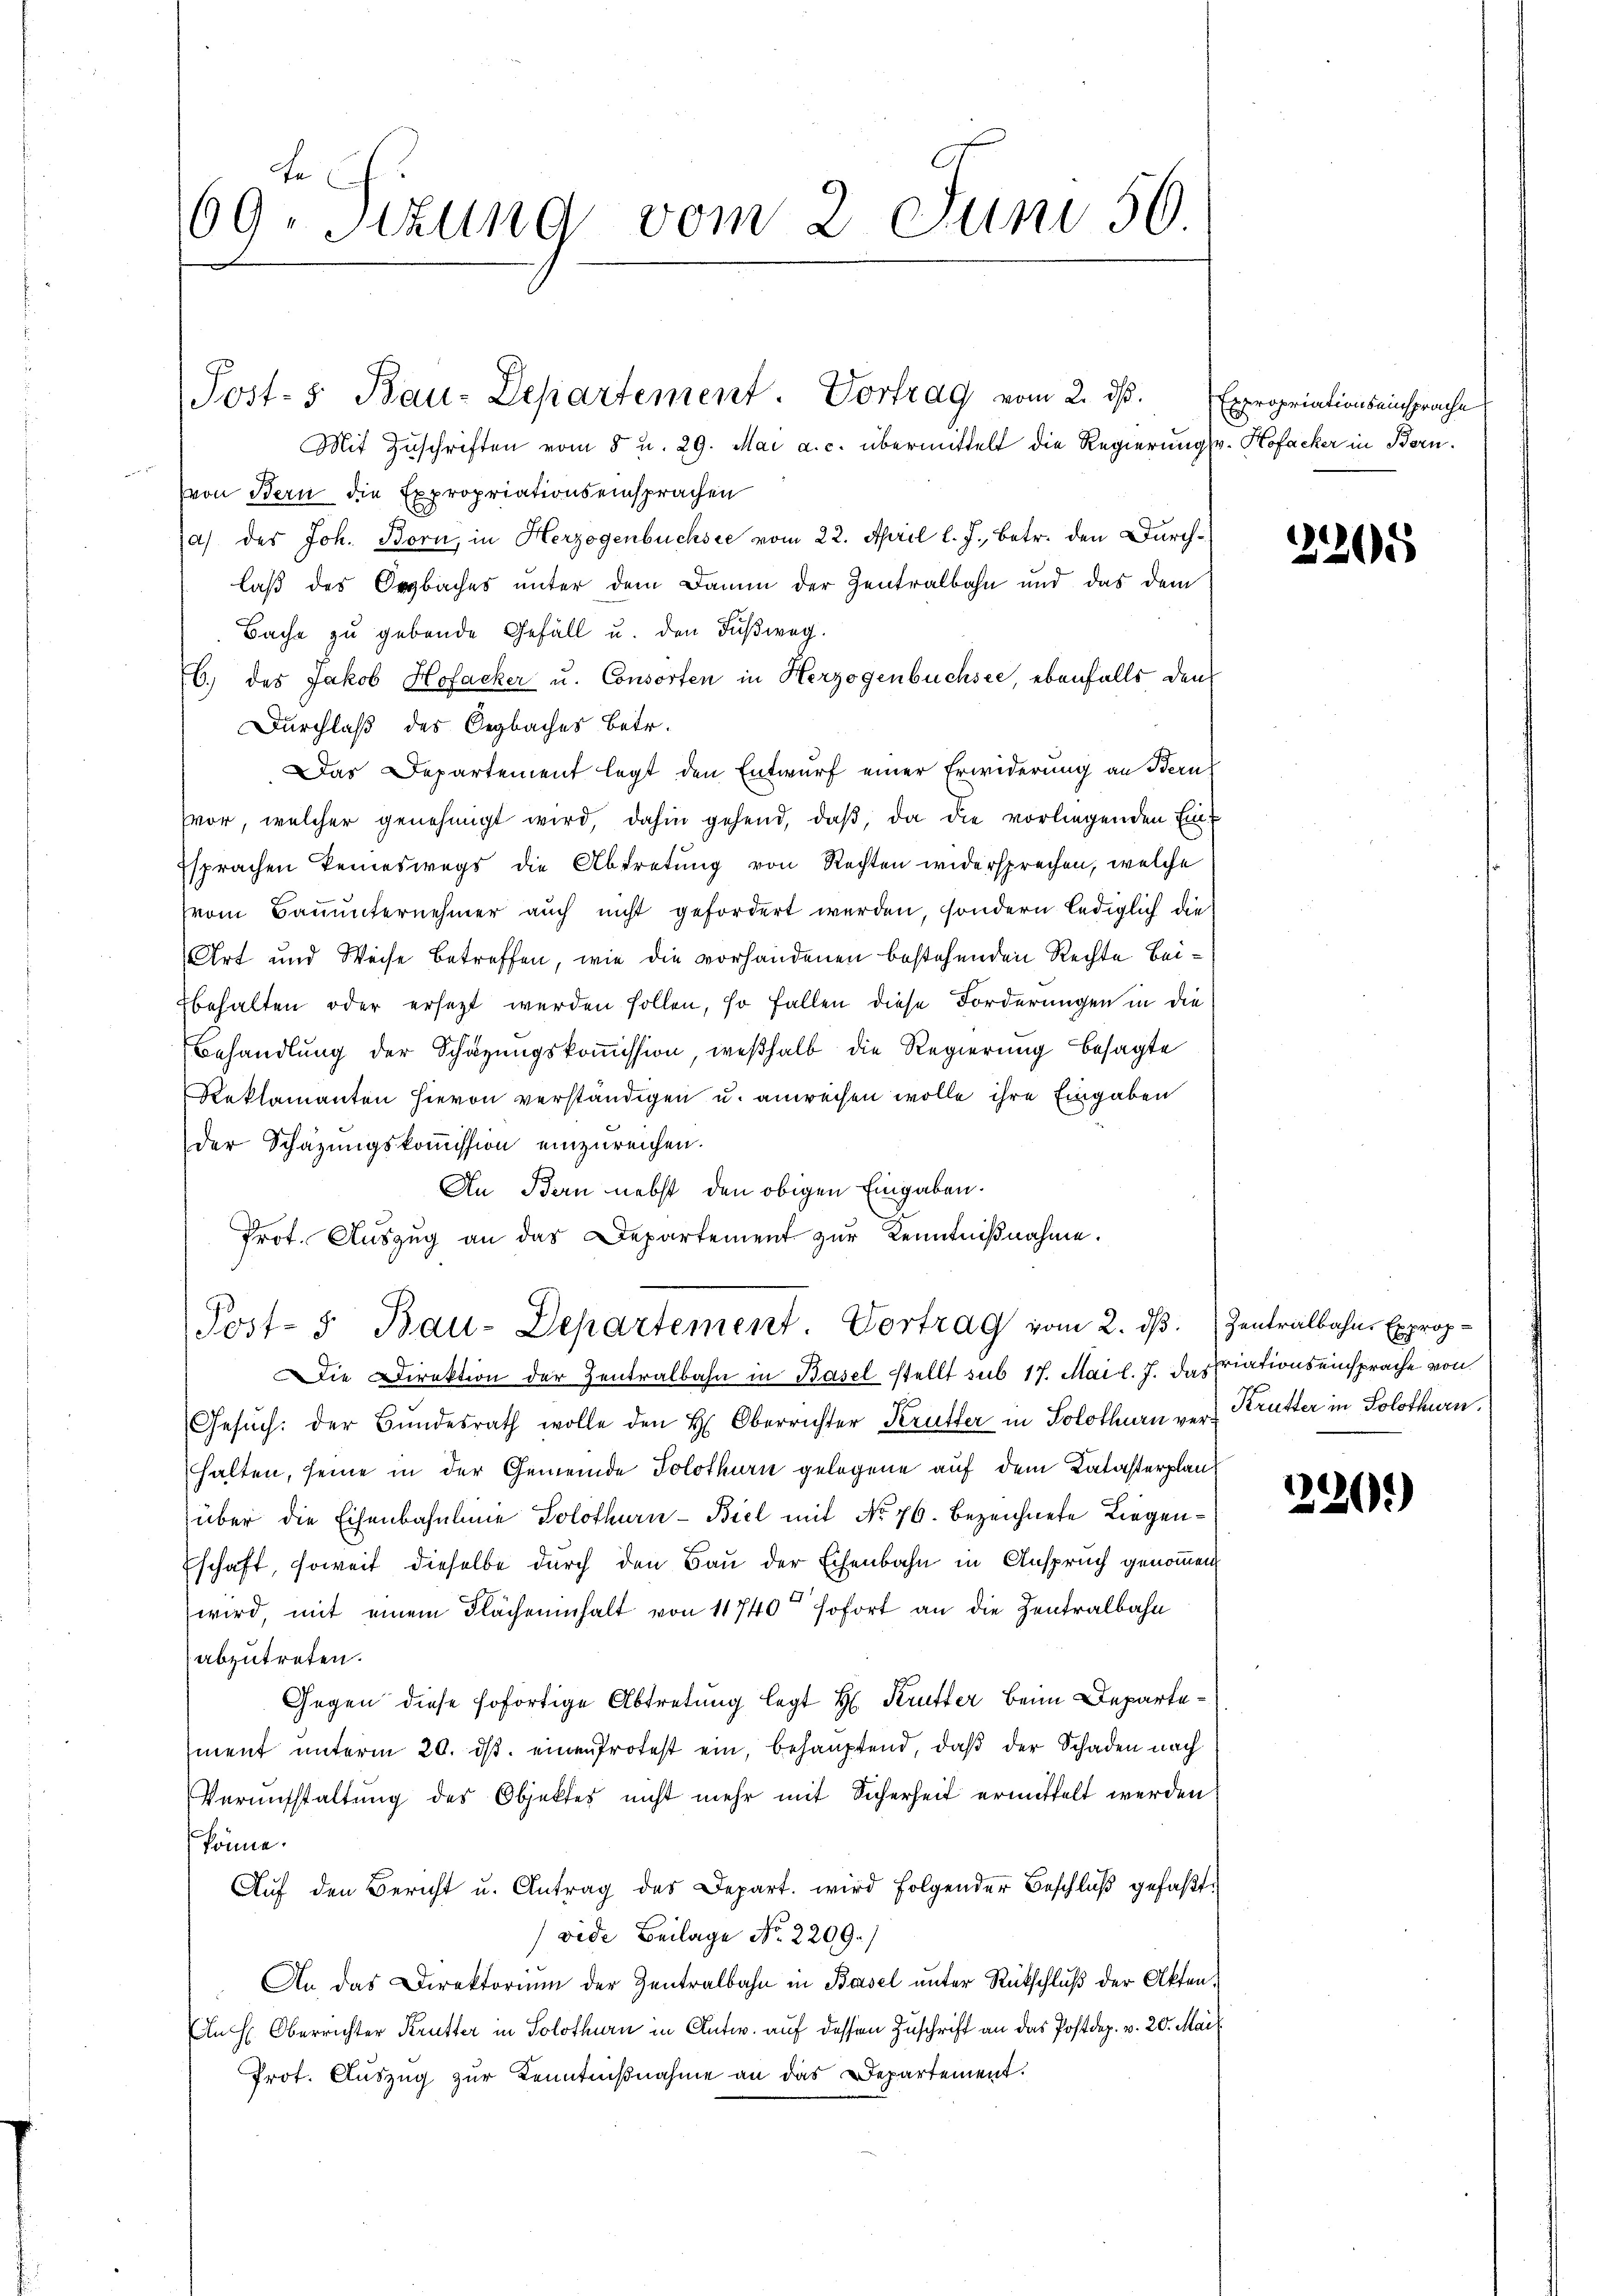
fe
69. Sizung vom 2. Juni 56
e

Post- 5. Bau-Departement. Vortrag vom 2. ds Expropriationseinsprache

Mit Zuschriften vom 5 u. 29. Mai a. c. übermittelt die Regierung v. Hofacker in Bern.
von Bern die Expropriationseinsprachen
a) des Joh. Born, in Herzogenbüchsee vom 22. April l. J., betr. den Durchlaß des Erzbaches unter dem Damm der Zentralbahn und das dem
Bache zu gebende Gefäll u. den Fußweg.
6.) des Jakob Hofacker u. Consorten in Herzogenbüchsee, ebenfalls den
Durchlaß des Oegbaches betr.
Das Departement legt den Entwurf einer Erwiderung an Bern
vor, welcher genehmigt wird, dahin gehend, daß, da die vorliegenden Einf
Esprachen keineswegs die Abtretung von Rechten widersprechen, welche
(vom Bauunternehmer auch nicht gefordert werden, sondern lediglich die
Art und Weise betreffen, wie die vorhandenen bestehenden Rechte Beibehalten oder ersetzt werden sollen, so fallen diese Forderungen in die
Behandlung der Schazungskommission, weßhalb die Regierung besagte
Reklamanten hievon verständigen u. anrechen wolle ihre Eingaben
der Schazungskommission einzureichen.
An Bern nebst den obigen Eingaben.
Prot. Auszug an das Departement zur Kenntnißnahme.
Post- 5. Bau-Departement Vortrag vom 2. dß. Zentralbahne Exprop-
Die Direktion der Zentralbahn in Basel stellt sub 17. Mai l. J. das riationseinsprache von
Gesŭch: der Bŭndesrath wolle den H. Oberrichter Krutter in Solothurn ver- Krutter in Solothurn,
halten, seine in der Gemeinde Solothurn gelegene auf dem Katasterplan
über die Eisenbauline Solothurn-Biel mit No 76. bezeichnete Liegenschaft, soweit dieselbe durch den Bau der Eisenbahn in Anspruch genommen,
wird, mit einem Flächeninhalt von 11740 sofort an die Zentralbahn
abzutreten.
Gegen diese sofortige Abtretung legt H. Krutter beim Departement unterm 20. ds. einen Protest ein, behauptend, daß der Schaden nach
Veraufstaltung des Objektes nicht mehr mit Sicherheit ermittelt werden,
könne.
Aŭf den Bericht u. Antrag des Depart. wird folgender Beschlŭβ gefaβt
vide Beilage No. 2209.)
An, das Direktorium der Zentralbahn in Basel unter Rückschluß der Akten¬
In Oberrichter Krutter in Solothurn in Antw. auf dessen Zuschrift an das Postdep. v. 20. Mail
Prot. Auszug zur Kenntnißnahme an das Departement.

2205

220)